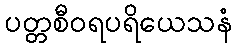
ပတ္တစီဝရပရိယေသနံ